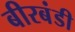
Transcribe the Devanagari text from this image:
बीरबंडी